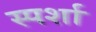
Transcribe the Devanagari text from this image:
स्पर्शा